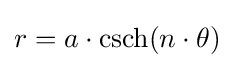
r=a\cdot \operatorname {csch} (n\cdot \theta )